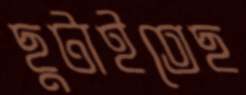
ছুটাইতেছ